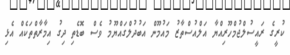
ކުރީގެ ރައީސުލްޖުމްހޫރިއްޔާ އަލްއުސްތާޒު މައުމޫން އަބުދުލްގައްޔޫމު ވެސް ބޮޑެތި ދިގު އިމާރާތްތަކެއް އެޅި